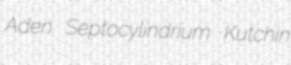
Aden Septocylindrium Kutchin